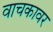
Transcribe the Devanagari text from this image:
वाचकावर